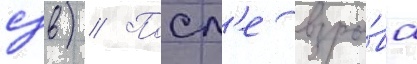
сзв) // Посл'е взры́ва